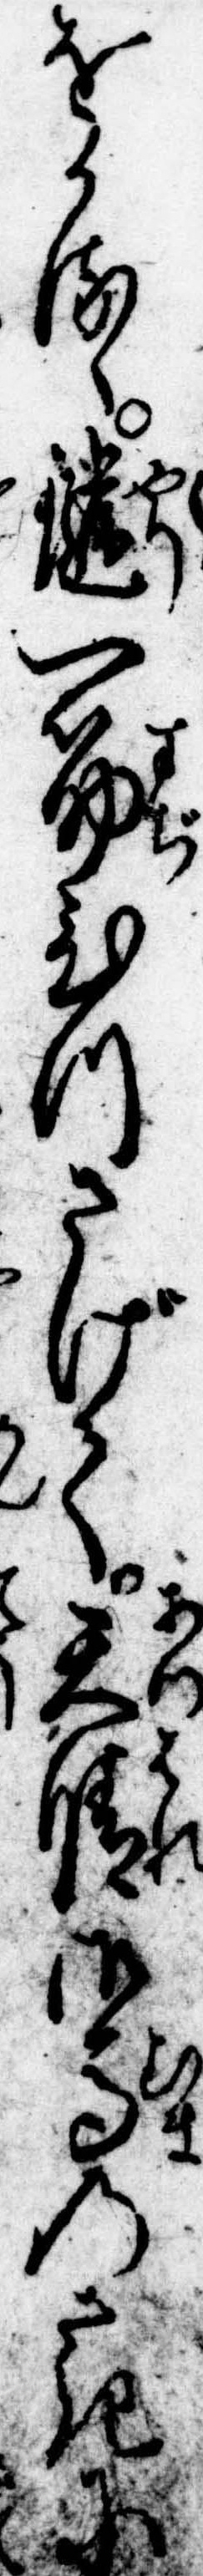
をかるゝ鑓一筋ひつさげて天晴御馬のさきに